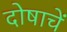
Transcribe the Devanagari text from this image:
दोषाचें